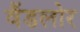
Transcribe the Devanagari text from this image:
वैंडलोर